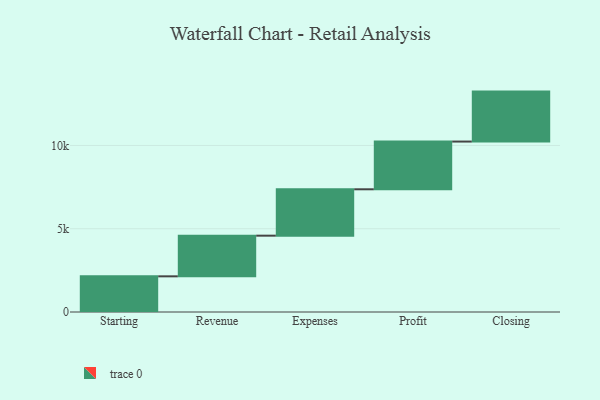
{"axis": {"x": "Step", "y": "Value"}, "legend": [""], "data": [{"x": "Starting", "y": 2142.0, "type": ""}, {"x": "Revenue", "y": 2441.0, "type": ""}, {"x": "Expenses", "y": 2785.0, "type": ""}, {"x": "Profit", "y": 2866.0, "type": ""}, {"x": "Closing", "y": 3000, "type": ""}]}